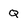
Character: Q